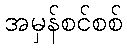
အမှန်စင်စစ်